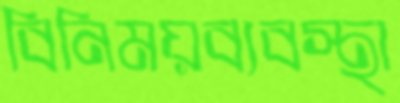
বিনিময়ব্যবস্থা